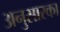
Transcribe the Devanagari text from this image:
अनुसारका